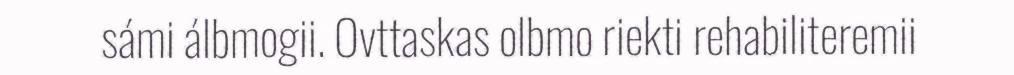
sámi álbmogii. Ovttaskas olbmo riekti rehabiliteremii